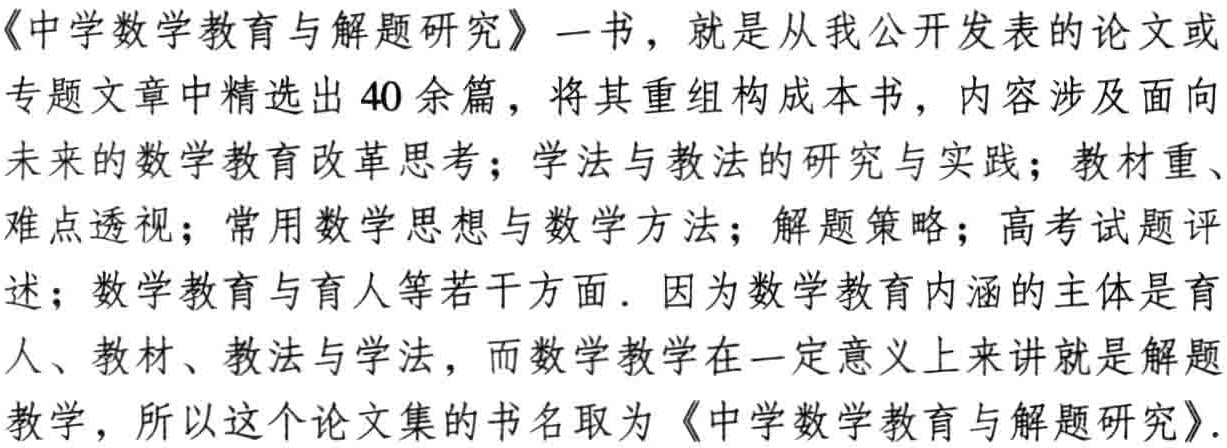
《中学数学教育与解题研究》一书，就是从我公开发表的论文或

专题文章中精选出40余篇，将其重组构成本书，内容涉及面向

未来的数学教育改革思考；学法与教法的研究与实践；教材重、

难点透视；常用数学思想与数学方法；解题策略；高考试题评

述；数学教育与育人等若干方面. 因为数学教育内涵的主体是育

人、教材、教法与学法，而数学教学在一定意义上来讲就是解题

教学，所以这个论文集的书名取为《中学数学教育与解题研究》.